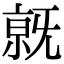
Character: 𣄶